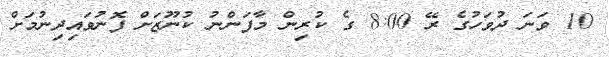
10 ވަނަ ދުވަހުގެ ރޭ 8:00 ގެ ކުރިން މާފަންނު ކުނޫޒަށް ފޮނުވައިދިނުމަށް